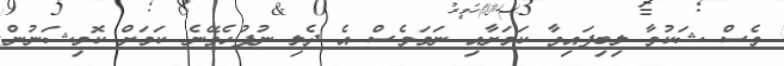
ވެސް ޝަކުވާ ލިބިފައިވާ ކަމަށާއި ނަމަވެސް އެ ދެލި ނުފުހެވޭނެ ކަމަށް ކޮމިޝަނުން